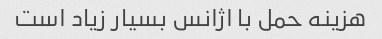
هزینه حمل با اژانس بسیار زیاد است